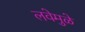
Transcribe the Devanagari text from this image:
लवेमुळे